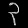
Digit: ၃